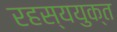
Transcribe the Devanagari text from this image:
रहस्‍ययुक्त